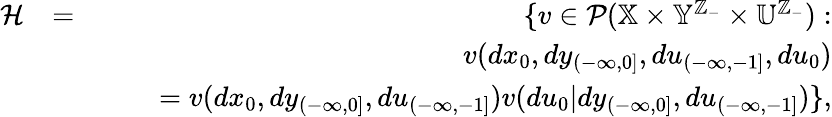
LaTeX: \begin{array}{rlr}{{\cal H}}&{=}&{\{ v\in{\cal P}(\mathbb{X}\times\mathbb{Y}^{\mathbb{Z}_{-}}\times\mathbb{U}^{\mathbb{Z}_{-}}):}\\ &{}&{\quad v(dx_{0},dy_{(-\infty,0]},du_{(-\infty,-1]},du_{0})}\\ &{}&{\quad\quad=v(dx_{0},dy_{(-\infty,0]},du_{(-\infty,-1]})v(du_{0}|dy_{(-\infty,0]},du_{(-\infty,-1]})\} ,}\end{array}